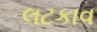
લટકાવ